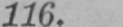
116.